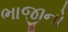
ભાજીનો